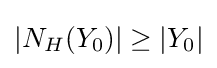
|N_{H}(Y_{0})|\geq |Y_{0}|